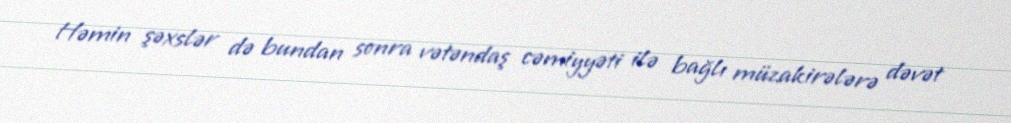
Həmin şəxslər də bundan sonra vətəndaş cəmiyyəti ilə bağlı müzakirələrə dəvət